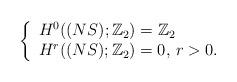
LaTeX: \begin{align*} \left\{ \begin{array}{l} H^0((NS);\mathbb{Z}_2)=\mathbb{Z}_2\\ H^r((NS);\mathbb{Z}_2)=0,\, r>0.\\ \end{array} \right.\end{align*}